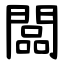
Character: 闆